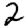
Digit: 2